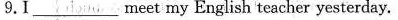
9.I__ meet my English teacher yesterday.